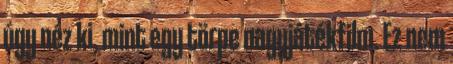
úgy néz ki, mint egy törpe nagyjátékfilm. Ez nem